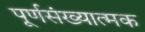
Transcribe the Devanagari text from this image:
पूर्णसंख्यात्मक